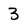
Character: 3